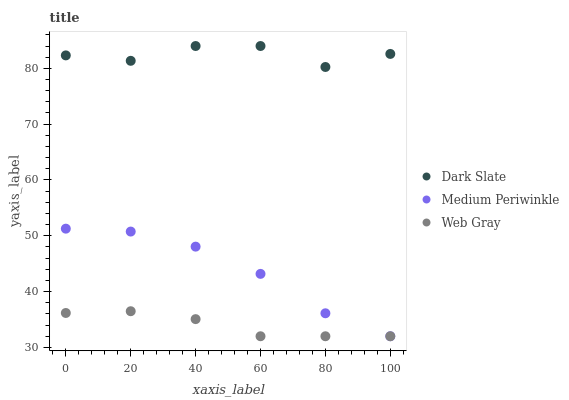
| xaxis_label | Dark Slate | Medium Periwinkle | Web Gray |
 | --- | --- | --- | --- |
 | 0 | 82.3 | 51.3 | 36.2 |
 | 20 | 81.3 | 50.8 | 36.5 |
 | 40 | 84 | 48.1 | 35.1 |
 | 60 | 84 | 43.2 | 32 |
 | 80 | 80.2 | 36.1 | 32 |
 | 100 | 82.6 | 32 | 32 |